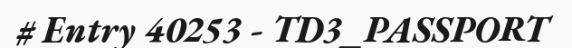
# Entry 40253 - TD3_PASSPORT